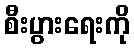
စီးပွားရေးကို